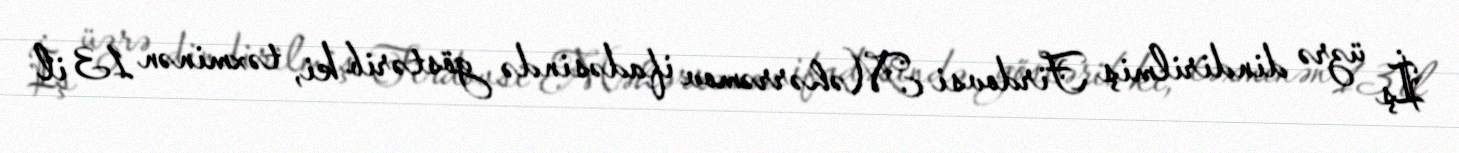
İş üzrə dindirilmiş Firdovsi Məhərrəmov ifadəsində göstərib ki, təxminən 13 il